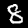
Label: 8